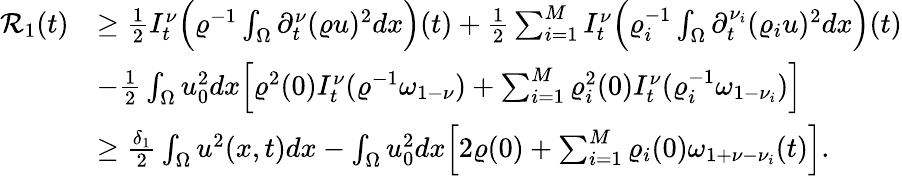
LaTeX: \begin{array}{rl}{\mathcal{R}_{1}(t)}&{\geq\frac{1}{2}I_{t}^{\nu}\Big(\varrho^{-1}\int_{\Omega}\partial_{t}^{\nu}(\varrho u)^{2}dx\Big)(t)+\frac{1}{2}\sum_{i=1}^{M}I_{t}^{\nu}\Big(\varrho_{i}^{-1}\int_{\Omega}\partial_{t}^{\nu_{i}}(\varrho_{i}u)^{2}dx\Big)(t)}\\ &{-\frac{1}{2}\int_{\Omega}u_{0}^{2}dx\Big[\varrho^{2}(0)I_{t}^{\nu}(\varrho^{-1}\omega_{1-\nu})+\sum_{i=1}^{M}\varrho_{i}^{2}(0)I_{t}^{\nu}(\varrho_{i}^{-1}\omega_{1-\nu_{i}})\Big]}\\ &{\geq\frac{\delta_{1}}{2}\int_{\Omega}u^{2}(x,t)dx-\int_{\Omega}u_{0}^{2}dx\Big[2\varrho(0)+\sum_{i=1}^{M}\varrho_{i}(0)\omega_{1+\nu-\nu_{i}}(t)\Big].}\end{array}